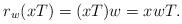
LaTeX: \begin{align*}r_w (xT) = (xT) w = xwT.\end{align*}